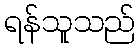
ရန်သူသည်